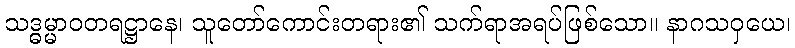
သဒ္ဓမ္မာဝတရဋ္ဌာနေ၊ သူတော်ကောင်းတရား၏ သက်ရာအရပ်ဖြစ်သော။ နာဂသဝှယေ၊